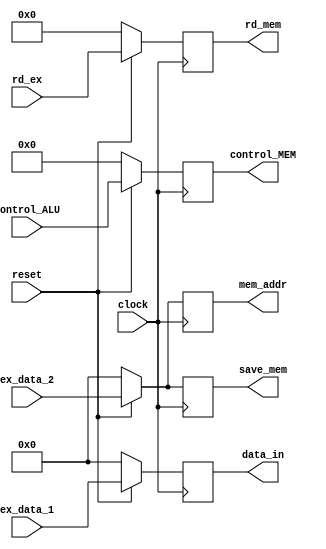
//Module to write EX_MEM

module writeEX_MEM(
	input wire reset,
	input wire signed [31:0] ex_data_1,
	input wire signed [31:0] ex_data_2,
	input wire [4:0] rd_ex,
	input wire [7:0] control_ALU,
	input wire clock,
	output reg signed [31:0] data_in,
	output reg signed [31:0] mem_addr,
	output reg [4:0] rd_mem,
	output reg signed [31:0] save_mem,
	output reg [7:0] control_MEM);
	
	always @(posedge clock) begin
		if(!reset)begin
			save_mem[31:0] = 32'b0;
			data_in[31:0] <= 32'b0;
			mem_addr[31:0] <= 32'b0;
			rd_mem[4:0] <= 5'b0;
			control_MEM[7:0] <= 8'b0;
		end else begin
			save_mem[31:0] = ex_data_2[31:0];
			data_in[31:0] <= ex_data_1[31:0];
			mem_addr[31:0] <= ex_data_2[31:0];
			rd_mem[4:0] <= rd_ex[4:0];
			control_MEM[7:0] <= control_ALU[7:0];
		end
	end
	
endmodule